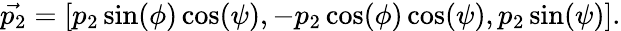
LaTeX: \vec{p_{2}}=[p_{2}\sin(\phi)\cos(\psi),-p_{2}\cos(\phi)\cos(\psi),p_{2}\sin(\psi)].